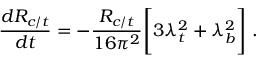
{ \frac { d R _ { c / t } } { d t } } = - { \frac { R _ { c / t } } { 1 6 \pi ^ { 2 } } } \Bigg [ 3 \lambda _ { t } ^ { 2 } + \lambda _ { b } ^ { 2 } \Bigg ] \; .